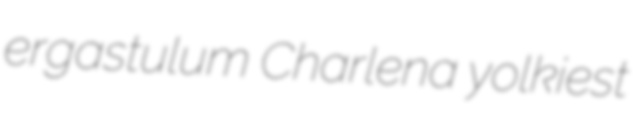
ergastulum Charlena yolkiest